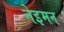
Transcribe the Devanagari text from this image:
नेइमन